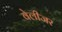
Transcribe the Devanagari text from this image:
वेलीजर